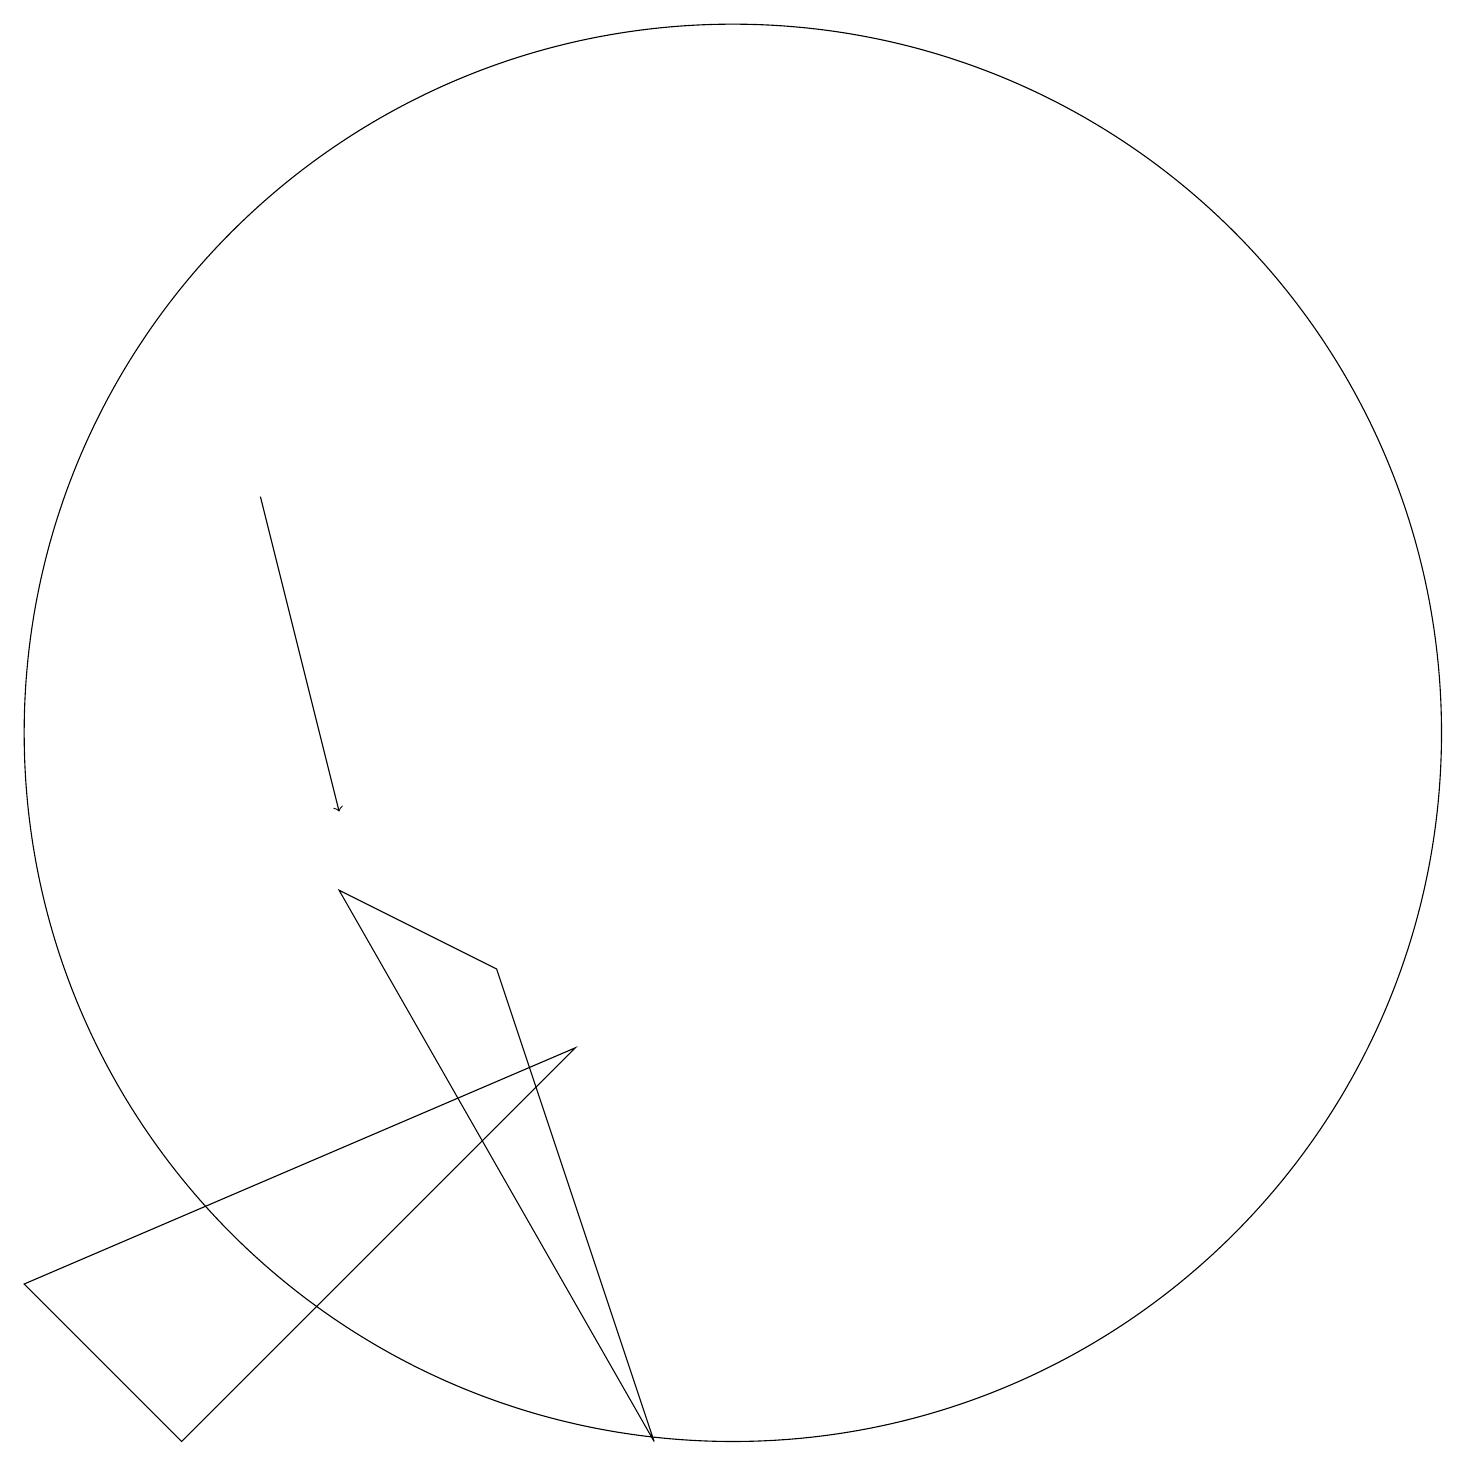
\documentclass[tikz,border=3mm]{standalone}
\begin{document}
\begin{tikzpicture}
\draw[->] (4,14) -- (5,10);
\draw (3,2) -- (1,4) -- (8,7) -- cycle;
\draw (10,11) circle (9);
\draw (9,2) -- (7,8) -- (5,9) -- cycle;
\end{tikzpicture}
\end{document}